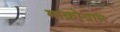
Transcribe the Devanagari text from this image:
माक्रोग्राम